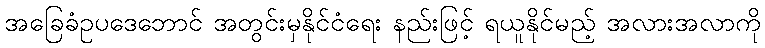
အခြေခံဥပဒေဘောင် အတွင်းမှနိုင်ငံရေး နည်းဖြင့် ရယူနိုင်မည့် အလားအလာကို